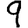
Digit: 9